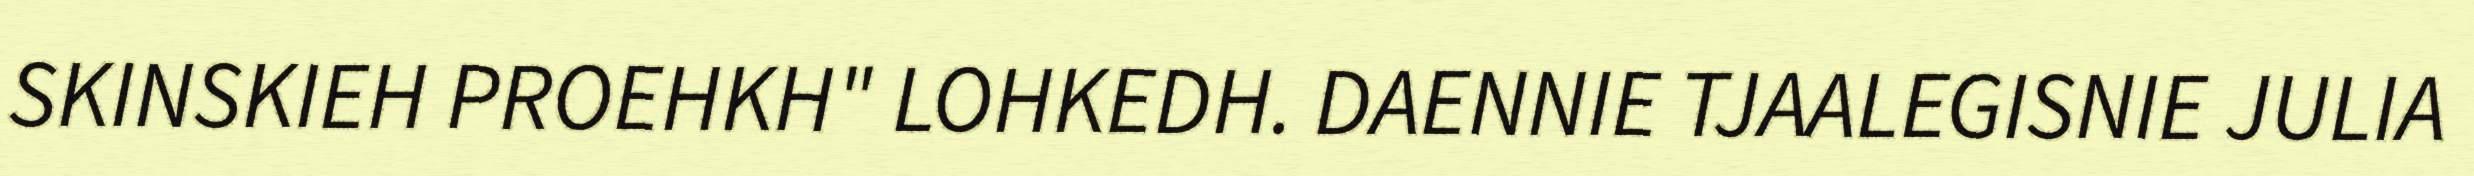
SKINSKIEH PROEHKH" LOHKEDH. DAENNIE TJAALEGISNIE JULIA